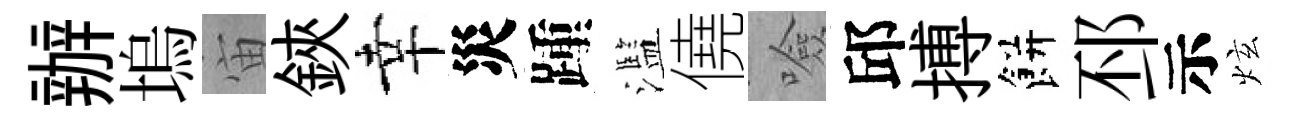
辦塢宙鋏幸災踵濫僥噞邱搏餅邳示炫